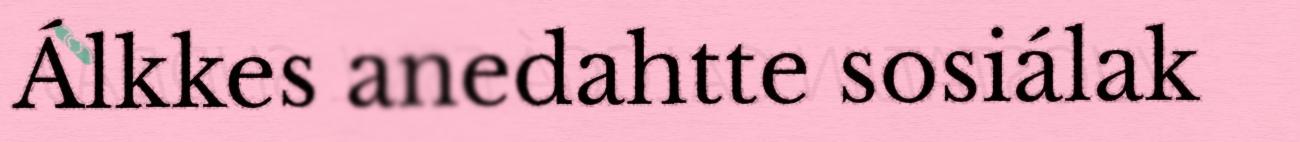
Álkkes anedahtte sosiálak